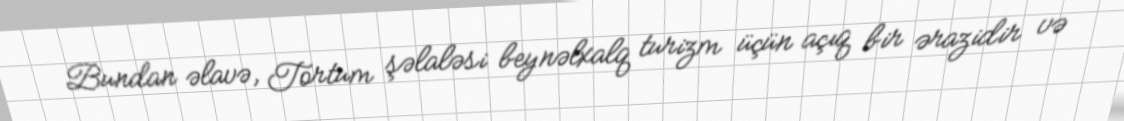
Bundan əlavə, Tortum şəlaləsi beynəlxalq turizm üçün açıq bir ərazidir və